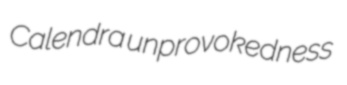
Calendra unprovokedness